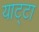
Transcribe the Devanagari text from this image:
याट्टा